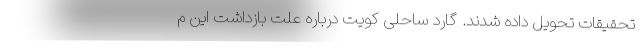
تحقیقات تحویل داده شدند. گارد ساحلی کویت درباره علت بازداشت این م